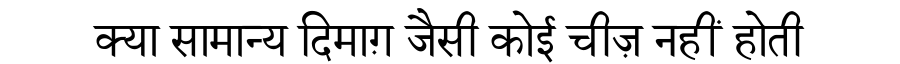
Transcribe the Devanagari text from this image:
क्या सामान्य दिमाग़ जैसी कोई चीज़ नहीं होती